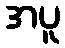
အပူ